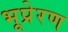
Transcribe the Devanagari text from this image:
भूप्रेरण